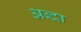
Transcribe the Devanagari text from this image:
अब्दा